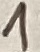
Text: 1